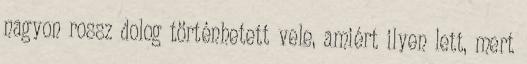
nagyon rossz dolog történhetett vele, amiért ilyen lett, mert